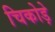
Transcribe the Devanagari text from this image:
चिकोड़े